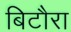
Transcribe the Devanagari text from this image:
बिटौरा